Elephants and their diseases
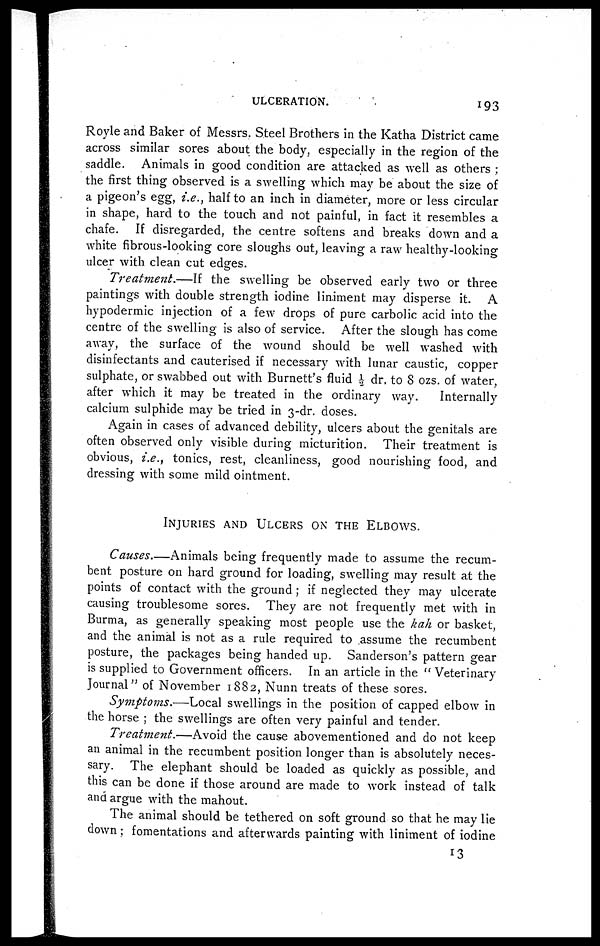
ULCERATION.
193
Royle and Baker of Messrs. Steel Brothers in the Katha District came
across similar sores about the body, especially in the region of the
saddle. Animals in good condition are attacked as well as others ;
the first thing observed is a swelling which may be about the size of
a pigeon's egg, i.e., half to an inch in diameter, more or less circular
in shape, hard to the touch and not painful, in fact it resembles a
chafe. If disregarded, the centre softens and breaks down and a
white fibrous-looking core sloughs out, leaving a raw healthy-looking
ulcer with clean cut edges.
Treatment.—If
the swelling be observed early two or three
paintings with double strength iodine liniment may disperse it. A
hypodermic injection of a few drops of pure carbolic acid into the
centre of the swelling is also of service. After the slough has come
awav, the surface of the wound should be well washed with
disinfectants and cauterised if necessary with lunar caustic, copper
sulphate, or swabbed out with Burnett's fluid ½ dr. to 8 ozs. of water,
after which it may be treated in the ordinary way.
Internally
calcium sulphide may be tried in 3-dr. doses.
Again in cases of advanced debility, ulcers about the genitals are
often observed only visible during micturition. Their treatment is
obvious, i.e., tonics, rest, cleanliness, good nourishing food, and
dressing with some mild ointment.
INJURIES AND ULCERS ON THE ELBOWS.
Causes.—Animals being frequently made to assume the recum-
bent posture on hard ground for loading, swelling may result at the
points of contact with the ground ; if neglected they may ulcerate
causing troublesome sores. They are not frequently met with in
Burma, as generally speaking most people use the kah or basket,
and the animal is not as a rule required to assume the recumbent
posture, the packages being handed up. Sanderson's pattern gear
is supplied to Government officers. In an article in the " Veterinary
Journal" of November 1882, Nunn treats of these sores.
Symptoms.—Local swellings in the position of capped elbow in
the horse ; the swellings are often very painful and tender.
Treatment.—Avoid
the cause abovementioned and do not keep
an animal in the recumbent position longer than is absolutely neces-
sary. The elephant should be loaded as quickly as possible, and
this can be done if those around are made to work instead of talk
and argue with the mahout.
The animal should be tethered on soft ground so that he may lie
down ; fomentations and afterwards painting with liniment of iodine
13